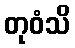
တုဝံသိ